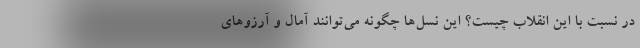
در نسبت با این انقلاب چیست؟ این نسل‌ها چگونه می‌توانند آمال و آرزوهای